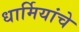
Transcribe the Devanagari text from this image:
धार्मियांचे